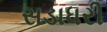
સડાધરી